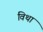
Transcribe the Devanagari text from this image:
विथा